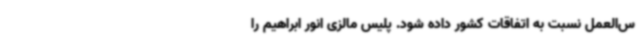
س‌العمل نسبت به اتفاقات کشور داده شود. پلیس مالزی انور ابراهیم را